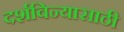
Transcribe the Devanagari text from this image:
दर्शविन्यासाठी